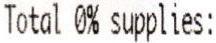
TOTAL 0% SUPPLIES: